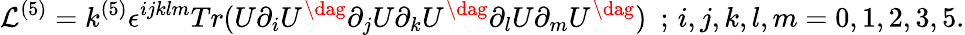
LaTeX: {\cal L}^{(5)}=k^{(5)}\epsilon^{ijklm}Tr(U\partial_{i}U^{\dag}\partial_{j}U\partial_{k}U^{\dag}\partial_{l}U\partial_{m}U^{\dag})\, \, \, ;\, i,j,k,l,m=0,1,2,3,5.